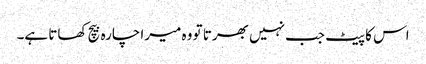
اس کا پیٹ جب نہیں بھرتا تو وہ میرا چارہ بیچ کھاتا ہے۔